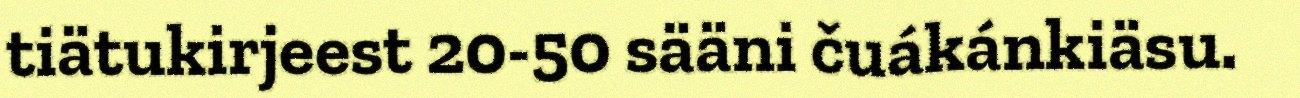
tiätukirjeest 20-50 sääni čuákánkiäsu.